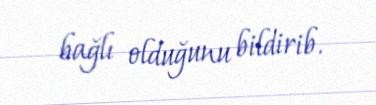
bağlı olduğunu bildirib.